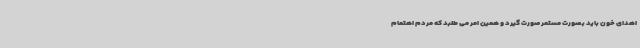
اهدای خون باید بصورت مستمر صورت گیرد و همین امر می طلبد که مردم اهتمام